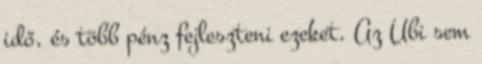
idő, és több pénz fejleszteni ezeket. Az Ubi sem